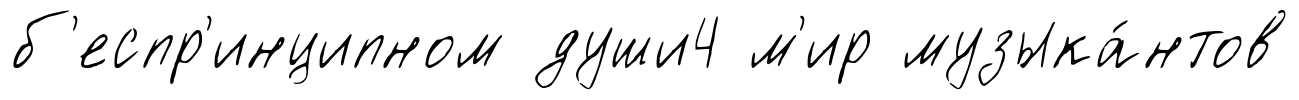
б'еспр'инципном души4 м'ир музыка́нтов